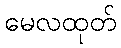
မေလထုတ်